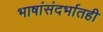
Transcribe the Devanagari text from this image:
भाषांसंदर्भातही